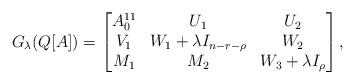
\begin{align*} G_{\lambda}(Q[A]) = \begin{bmatrix} A_0^{11} & U_1 & U_2 \\ V_1 & W_1 + \lambda I_{n- r -\rho} & W_2 \\ M_1 & M_2 & W_3 + \lambda I_\rho \end{bmatrix} ,\end{align*}